Scientific memoirs by medical officers of the Army of India - Part VIII,
Year: 1894
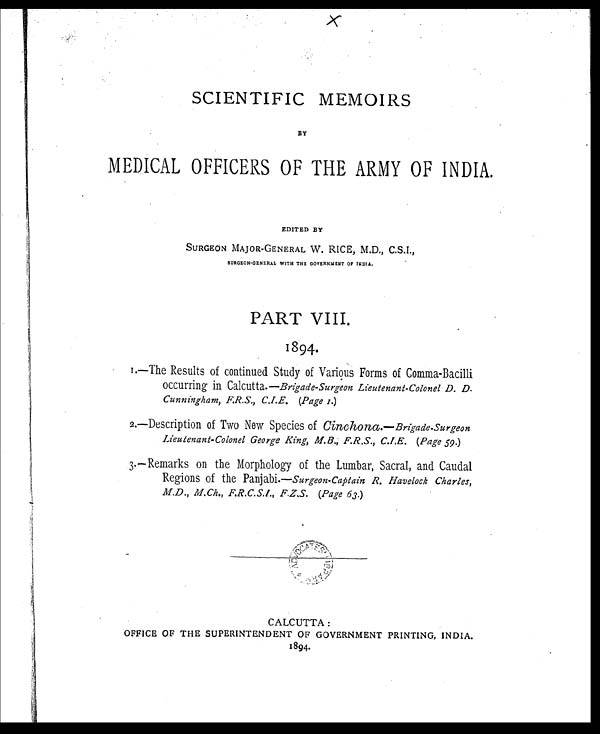
SCIENTIFIC MEMOIRS
BY
MEDICAL OFFICERS OF THE ARMY OF INDIA.
EDITED BY
SURGEON MAJOR-GENERAL W. RICE, M.D., C.S.I.,
S U R G E O N - G E N E R A L W I T H T H E G O V E R N M E N T O F I N D I A .
PART VIII.
1894. 1
.—The Results of continued Study of Various Forms of Comma-Bacilli
occurring in Calcutta.—Brigade-Surgeon Lieutenant-Colonel D. D.
Cunningham, F.R.S., C.I.E. (Page 1.)
2.—Description of Two New Species of Cinchona.— Brigade-Surgeon
Lieutenant-Colonel George King, M.B., F.R.S., C.I.E. (Page 59.)
3.—Remarks on the Morphology of the Lumbar, Sacral, and Caudal
Regions of the Panjabi.—Surgeon-Captain R. Havelock Charles,
M.D., M.Ch., F.R.C.S.I., F.Z.S. (Page 63. )
CALCUTTA :
OFFICE OF THE SUPERINTENDENT OF GOVERNMENT PRINTING, INDIA.
1894.